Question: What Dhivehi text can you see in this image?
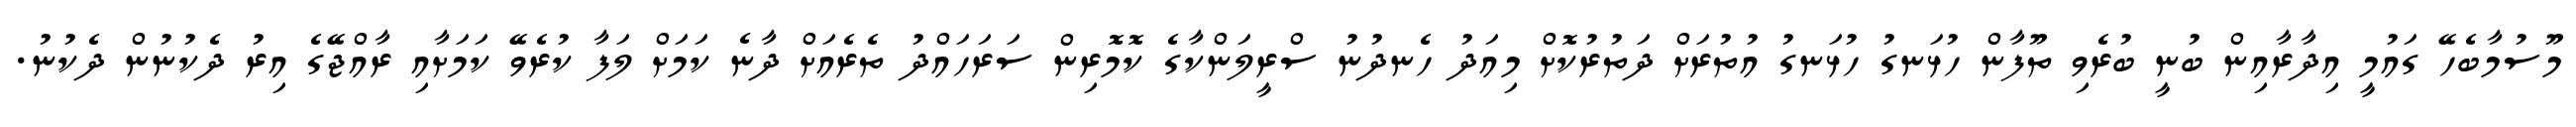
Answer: މޫސުމާބެހޭ ގައުމީ އިދާރާއިން ބުނީ ބުރެވި ތޫފާން ހުޅަނގު ހުޅަނގު އުތުރަށް ދަތުރުކޮށް މިއަދު ހެނދުނު ސްރީލަންކާގެ ކޮމޮރިން ސަރަހައްދު ތެރެއަށް ދާނެ ކަމަށް ލަފާ ކުރެވޭ ކަމަށާއި ރާއްޖޭގެ އިރު ދެކުނުން ދެކުނު.